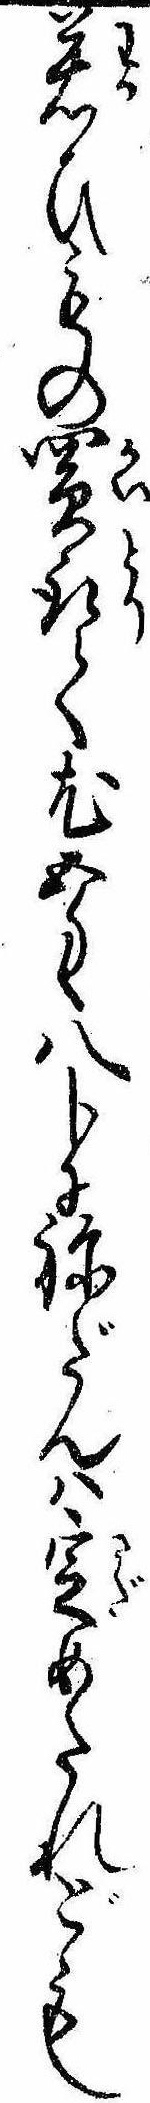
若ひもの買取て尤五匁八分にねだんは定めたれども